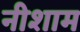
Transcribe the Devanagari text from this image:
नीशाम